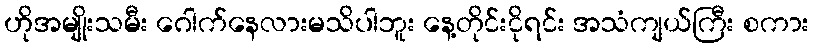
ဟိုအမျိုးသမီး ဂေါက်နေလားမသိပါဘူး နေ့တိုင်းငိုရင်း အသံကျယ်ကြီး စကား